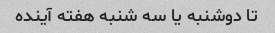
تا دوشنبه یا سه شنبه هفته آینده